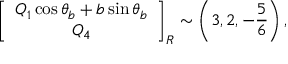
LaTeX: \left[ \begin{array} { c } { { Q _ { 1 } \cos \theta _ { b } + b \sin \theta _ { b } } } \\ { { Q _ { 4 } } } \end{array} \right] _ { R } \sim \left( 3 , 2 , - { \frac { 5 } { 6 } } \right) ,